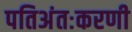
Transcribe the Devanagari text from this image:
पतिअंतःकरणी